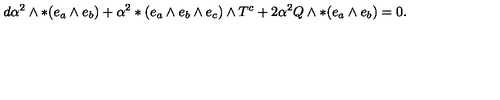
d \alpha ^ { 2 } \wedge * ( e _ { a } \wedge e _ { b } ) + \alpha ^ { 2 } * ( e _ { a } \wedge e _ { b } \wedge e _ { c } ) \wedge T ^ { c } + 2 \alpha ^ { 2 } Q \wedge * ( e _ { a } \wedge e _ { b } ) = 0 .